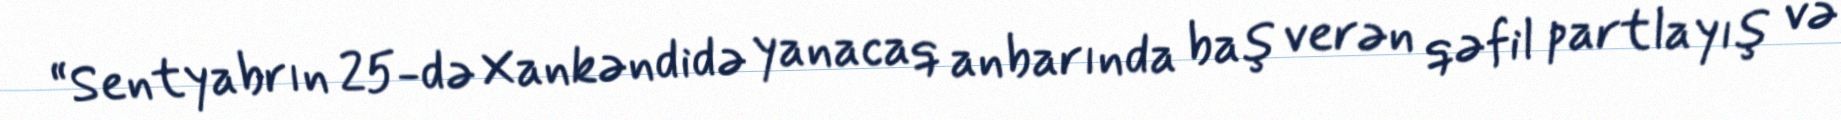
“Sentyabrın 25-də Xankəndidə yanacaq anbarında baş verən qəfil partlayış və